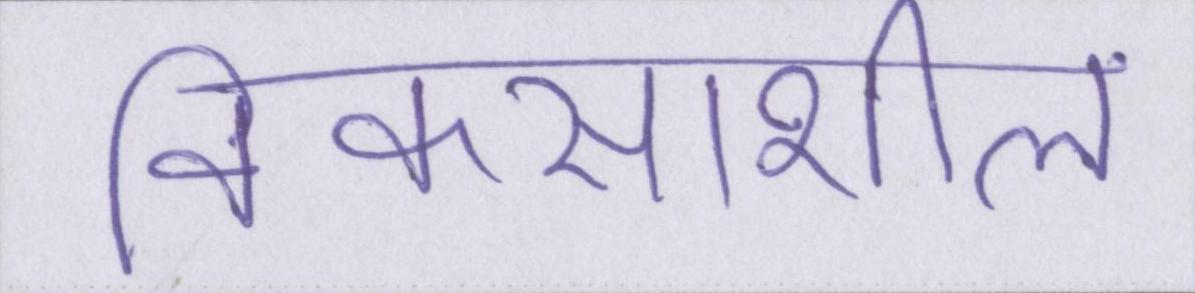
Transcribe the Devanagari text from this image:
विकसाशील